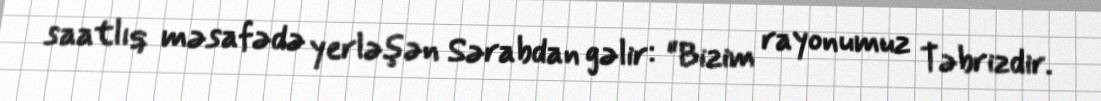
saatlıq məsafədə yerləşən Sərabdan gəlir: “Bizim rayonumuz Təbrizdir.